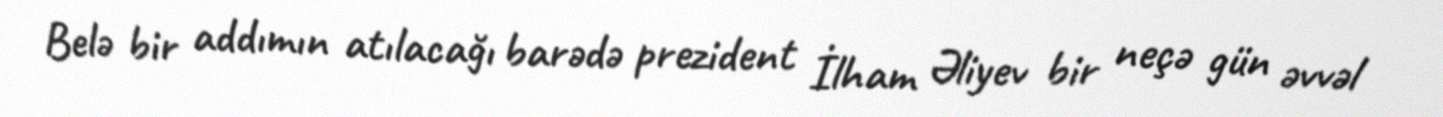
Belə bir addımın atılacağı barədə prezident İlham Əliyev bir neçə gün əvvəl